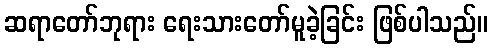
ဆရာတော်ဘုရား ရေးသားတော်မူခဲ့ခြင်း ဖြစ်ပါသည်။